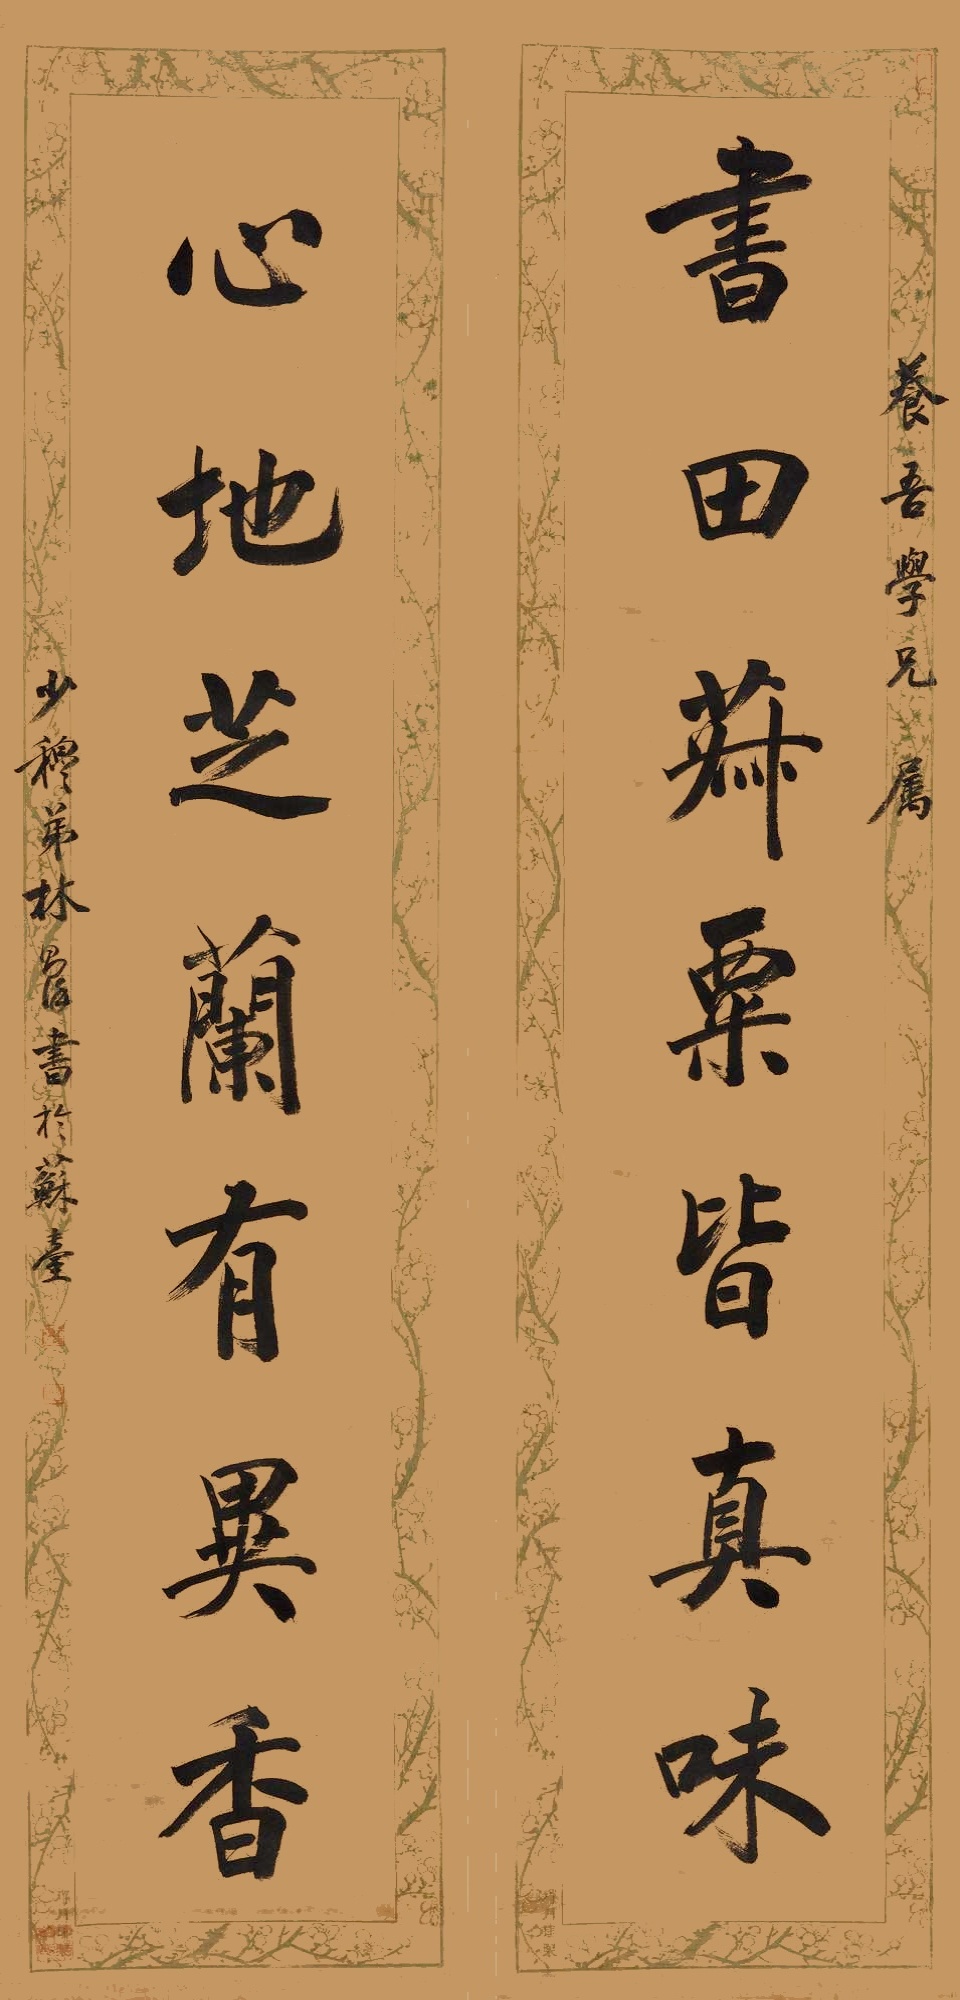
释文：书田菽粟皆真味，心地芝兰有异香。养吾学兄属，少穆弟林则徐书于苏台。